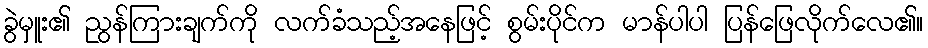
ခွဲမှူး၏ ညွန်ကြားချက်ကို လက်ခံသည့်အနေဖြင့် စွမ်းပိုင်က မာန်ပါပါ ပြန်ဖြေလိုက်လေ၏။